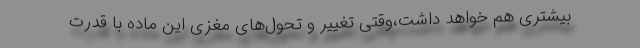
بیشتری هم خواهد داشت،وقتی تغییر و تحول‌های مغزی این ماده با قدرت